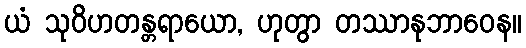
ယံ သုဝိဟတန္တရာယော, ဟုတွာ တဿာနုဘာဝေန။